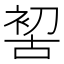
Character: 𠸗